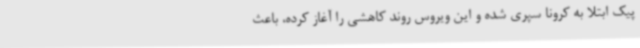
پیک ابتلا به کرونا سپری شده و این ویروس روند کاهشی را آغاز کرده، باعث